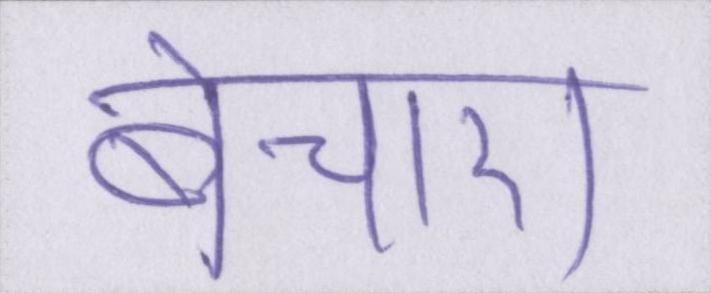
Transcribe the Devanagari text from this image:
बेचारा